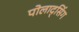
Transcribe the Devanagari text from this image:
पोलाद्सिंग